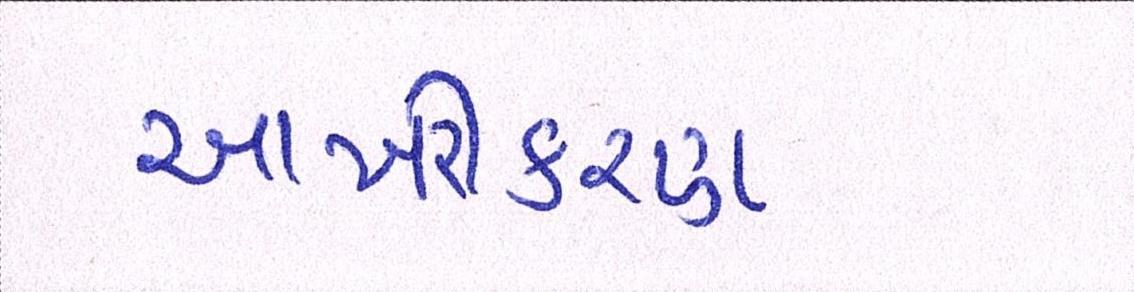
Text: આખરીકરણ